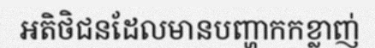
អតិថិជនដែលមានបញ្ហាកកខ្លាញ់